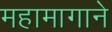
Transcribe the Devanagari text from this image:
महामागाने